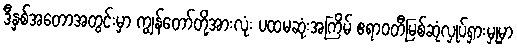
ဒီနှစ်အတောအတွင်းမှာ ကျွန်တော်တို့အားလုံး ပထမဆုံးအကြိမ် ဧရာဝတီမြစ်ဆုံလှုပ်ရှားမှုမှာ